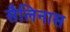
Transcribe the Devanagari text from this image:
सैलिनास